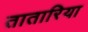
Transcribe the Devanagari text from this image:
तातारिया